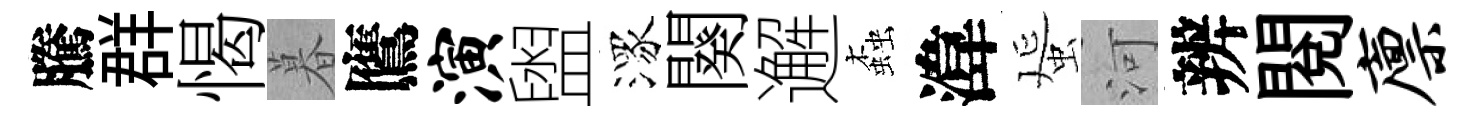
騰群愒暮鷹演盥潈闋邂螙湋蜑河辨閲廪